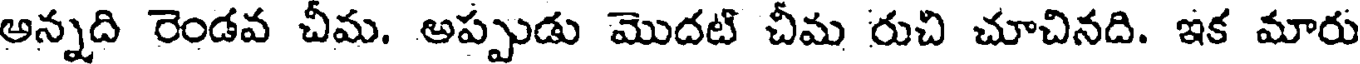
అన్నది రెండవ చీమ. అప్పుడు మొదటి చీమ రుచి చూచినది. ఇక మారు